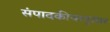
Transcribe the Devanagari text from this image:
संपादकीयानुसार